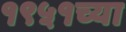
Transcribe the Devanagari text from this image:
१९५१च्या